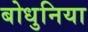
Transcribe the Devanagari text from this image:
बोधुनिया